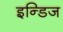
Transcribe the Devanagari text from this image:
इन्डिज